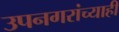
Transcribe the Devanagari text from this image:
उपनगरांच्याही